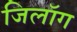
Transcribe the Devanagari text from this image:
जिलॉग